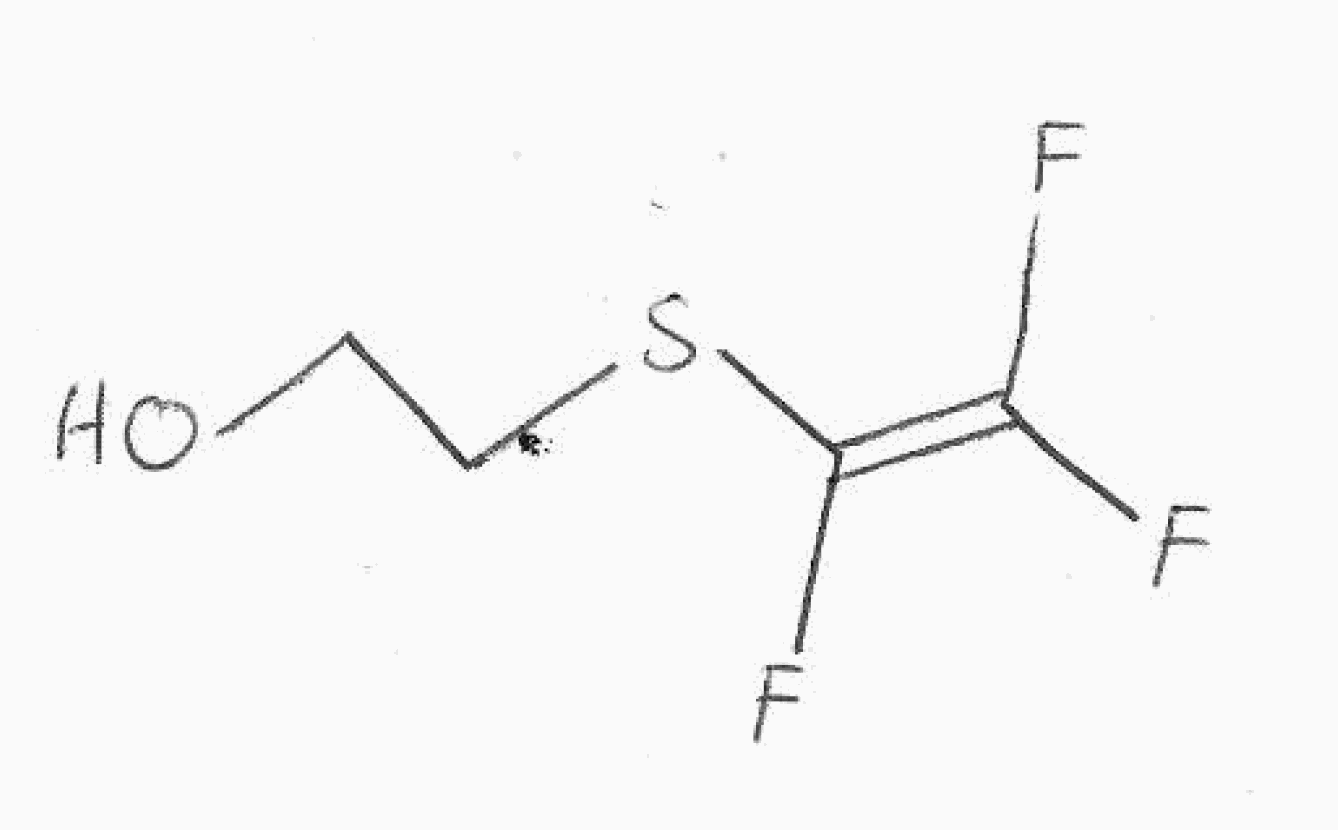
Simplified molecular-input line-entry system (SMILES) notation of the given molecule:
C(CSC(=C(F)F)F)O